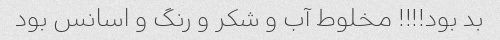
بد بود!!!! مخلوط آب و شکر و رنگ و اسانس بود